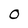
Character: 0